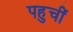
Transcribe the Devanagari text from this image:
पहुचीं